Indian journal of veterinary science and animal husbandry - Volumes 18-21, 1948-1951
Year: 1948
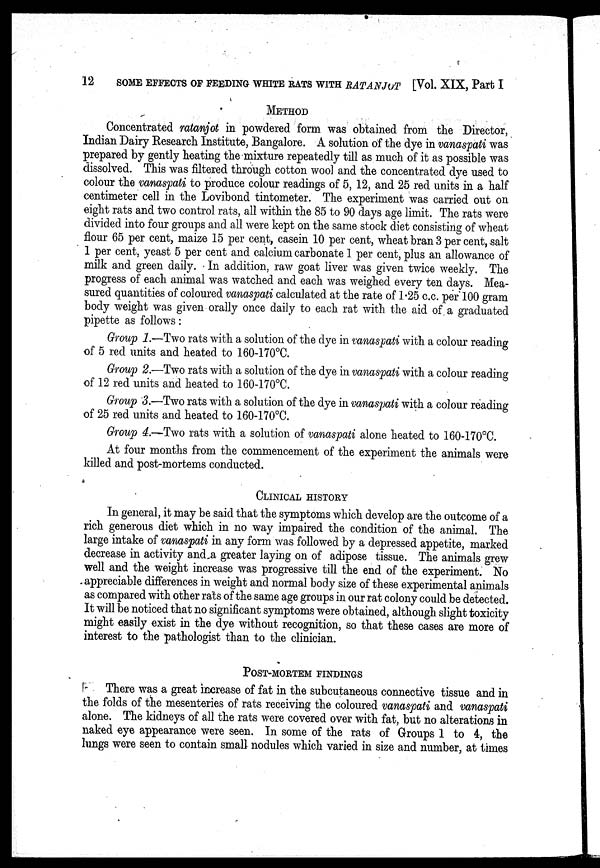
12
SOME EFFECTS OF FEEDING WHITE RATS WITH RATANJOT [Vol. XIX, Part I
METHOD
Concentrated ratanjot in powdered form was obtained from the Director,
Indian Dairy Research Institute, Bangalore. A solution of the dye in vanaspati was
prepared by gently heating the mixture repeatedly till as much of it as possible was
dissolved. This was filtered through cotton wool and the concentrated dye used to
colour the vanaspati to produce colour readings of 5, 12, and 25 red units in a half
centimeter cell in the Lovibond tintometer. The experiment was carried out on
eight rats and two control rats, all within the 85 to 90 days age limit. The rats were
divided into four groups and all were kept on the same stock diet consisting of wheat
flour 65 per cent, maize 15 per cent, casein 10 per cent, wheat bran 3 per cent, salt
1 per cent, yeast 5 per cent and calcium carbonate 1 per cent, plus an allowance of
milk and green daily. In addition, raw goat liver was given twice weekly. The
progress of each animal was watched and each was weighed every ten days. Mea-
sured quantities of coloured vanaspati calculated at the rate of 1.25 c.c. per 100 gram
body weight was given orally once daily to each rat with the aid of a graduated
pipette as follows:
Group 1.—Two rats with a solution of the dye in vanaspati with a colour reading
of 5 red units and heated to 160-170°C.
Group 2.—Two rats with a solution of the dye in vanaspati with a colour reading
of 12 red units and heated to 160-170°C.
Group 3.—Two rats with a solution of the dye in vanaspati with a colour reading
of 25 red units and heated to 160-170°C.
Group 4.—Two rats with a solution of vanaspati alone heated to 160-170°C.
At four months from the commencement of the experiment the animals were
killed and post-mortems conducted.
CLINICAL HISTORY
In general, it may be said that the symptoms which develop are the outcome of a
rich generous diet which in no way impaired the condition of the animal. The
large intake of vanaspati in any form was followed by a depressed appetite, marked
decrease in activity and a greater laying on of adipose tissue. The animals grew
well and the weight increase was progressive till the end of the experiment. No
appreciable differences in weight and normal body size of these experimental animals
as compared with other rats of the same age groups in our rat colony could be detected.
It will be noticed that no significant symptoms were obtained, although slight toxicity
might easily exist in the dye without recognition, so that these cases are more of
interest to the pathologist than to the clinician.
POST-MORTEM FINDINGS
There was a great increase of fat in the subcutaneous connective tissue and in
the folds of the mesenteries of rats receiving the coloured vanaspati and vanaspati
alone. The kidneys of all the rats were covered over with fat, but no alterations in
naked eye appearance were seen. In some of the rats of Groups 1 to 4, the
lungs were seen to contain small nodules which varied in size and number, at times